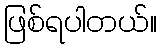
ဖြစ်ရပါတယ်။